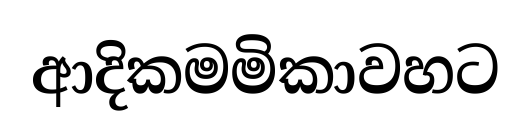
ආදිකමමිකාවහට